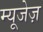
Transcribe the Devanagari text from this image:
म्यूजेज़